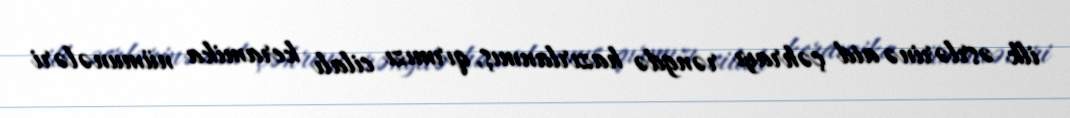
ilk əsrlərinə aid çəhrayı rəngdə hazırlanmış, qırmızı cilalı keramika nümunələri